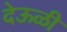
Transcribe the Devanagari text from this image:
देऊळी